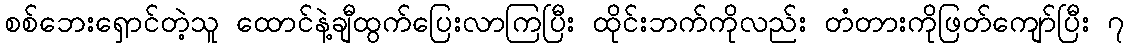
စစ်ဘေးရှောင်တဲ့သူ ထောင်နဲ့ချီထွက်ပြေးလာကြပြီး ထိုင်းဘက်ကိုလည်း တံတားကိုဖြတ်ကျော်ပြီး ၇